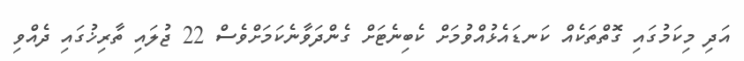
އަދި މިކަމުގައި ގޮތްތަކެއް ކަނޑައެޅުއްވުމަށް ކެބިނެޓަށް ގެންދަވާނެކަމަށްވެސް 22 ޖުލައި ތާރިޚުގައި ދެއްވި